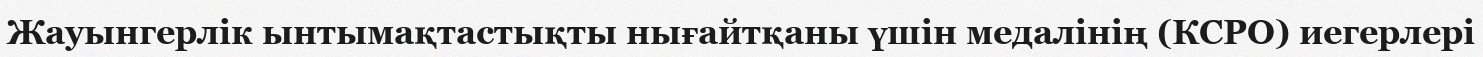
Жауынгерлік ынтымақтастықты нығайтқаны үшін медалінің (КСРО) иегерлері